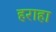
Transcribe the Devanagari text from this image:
हराहा